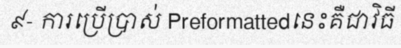
៩- ការប្រើប្រាស់ Preformattedនេះគឺជាវិធី